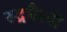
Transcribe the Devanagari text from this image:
रुद्रभैरवी